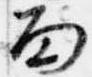
面